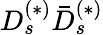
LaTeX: D_{s}^{(*)}\bar{D}_{s}^{(*)}